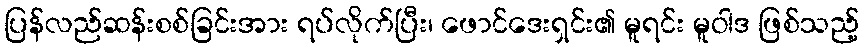
ပြန်လည်ဆန်းစစ်ခြင်းအား ရပ်လိုက်ပြီး၊ ဖောင်ဒေးရှင်း၏ မူရင်း မူဝါဒ ဖြစ်သည့်